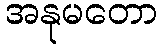
အနုမတော